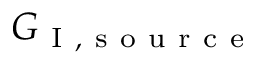
G _ { \mathrm { ~ I ~ , ~ s ~ o ~ u ~ r ~ c ~ e ~ } }